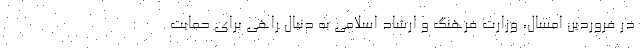
در فروردین امسال، وزارت فرهنگ و ارشاد اسلامی به دنبال راهی برای حمایت